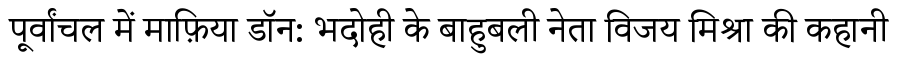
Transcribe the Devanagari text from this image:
पूर्वांचल में माफ़िया डॉन: भदोही के बाहुबली नेता विजय मिश्रा की कहानी